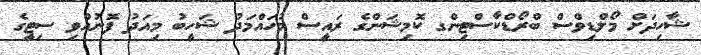
ޝާހިދަށް މޯލްޑިވްސް ބްރޯޑްކާސްޓިންގ ކޮމިޝަންގެ ރައީސް މުހައްމަދު ޝަހީބު މިއަދު ފޮނުއްވި ސިޓީގެ